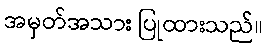
အမှတ်အသား ပြုထားသည်။